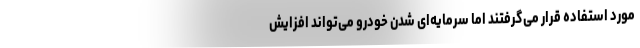
مورد استفاده قرار می‌گرفتند اما سرمایه‌ای شدن خودرو می‌تواند افزایش